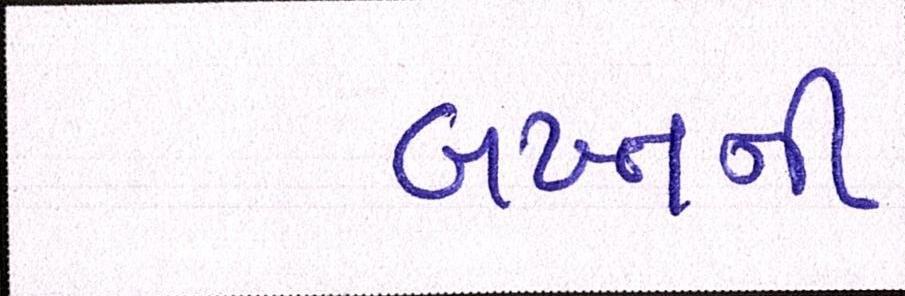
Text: બખ્તની